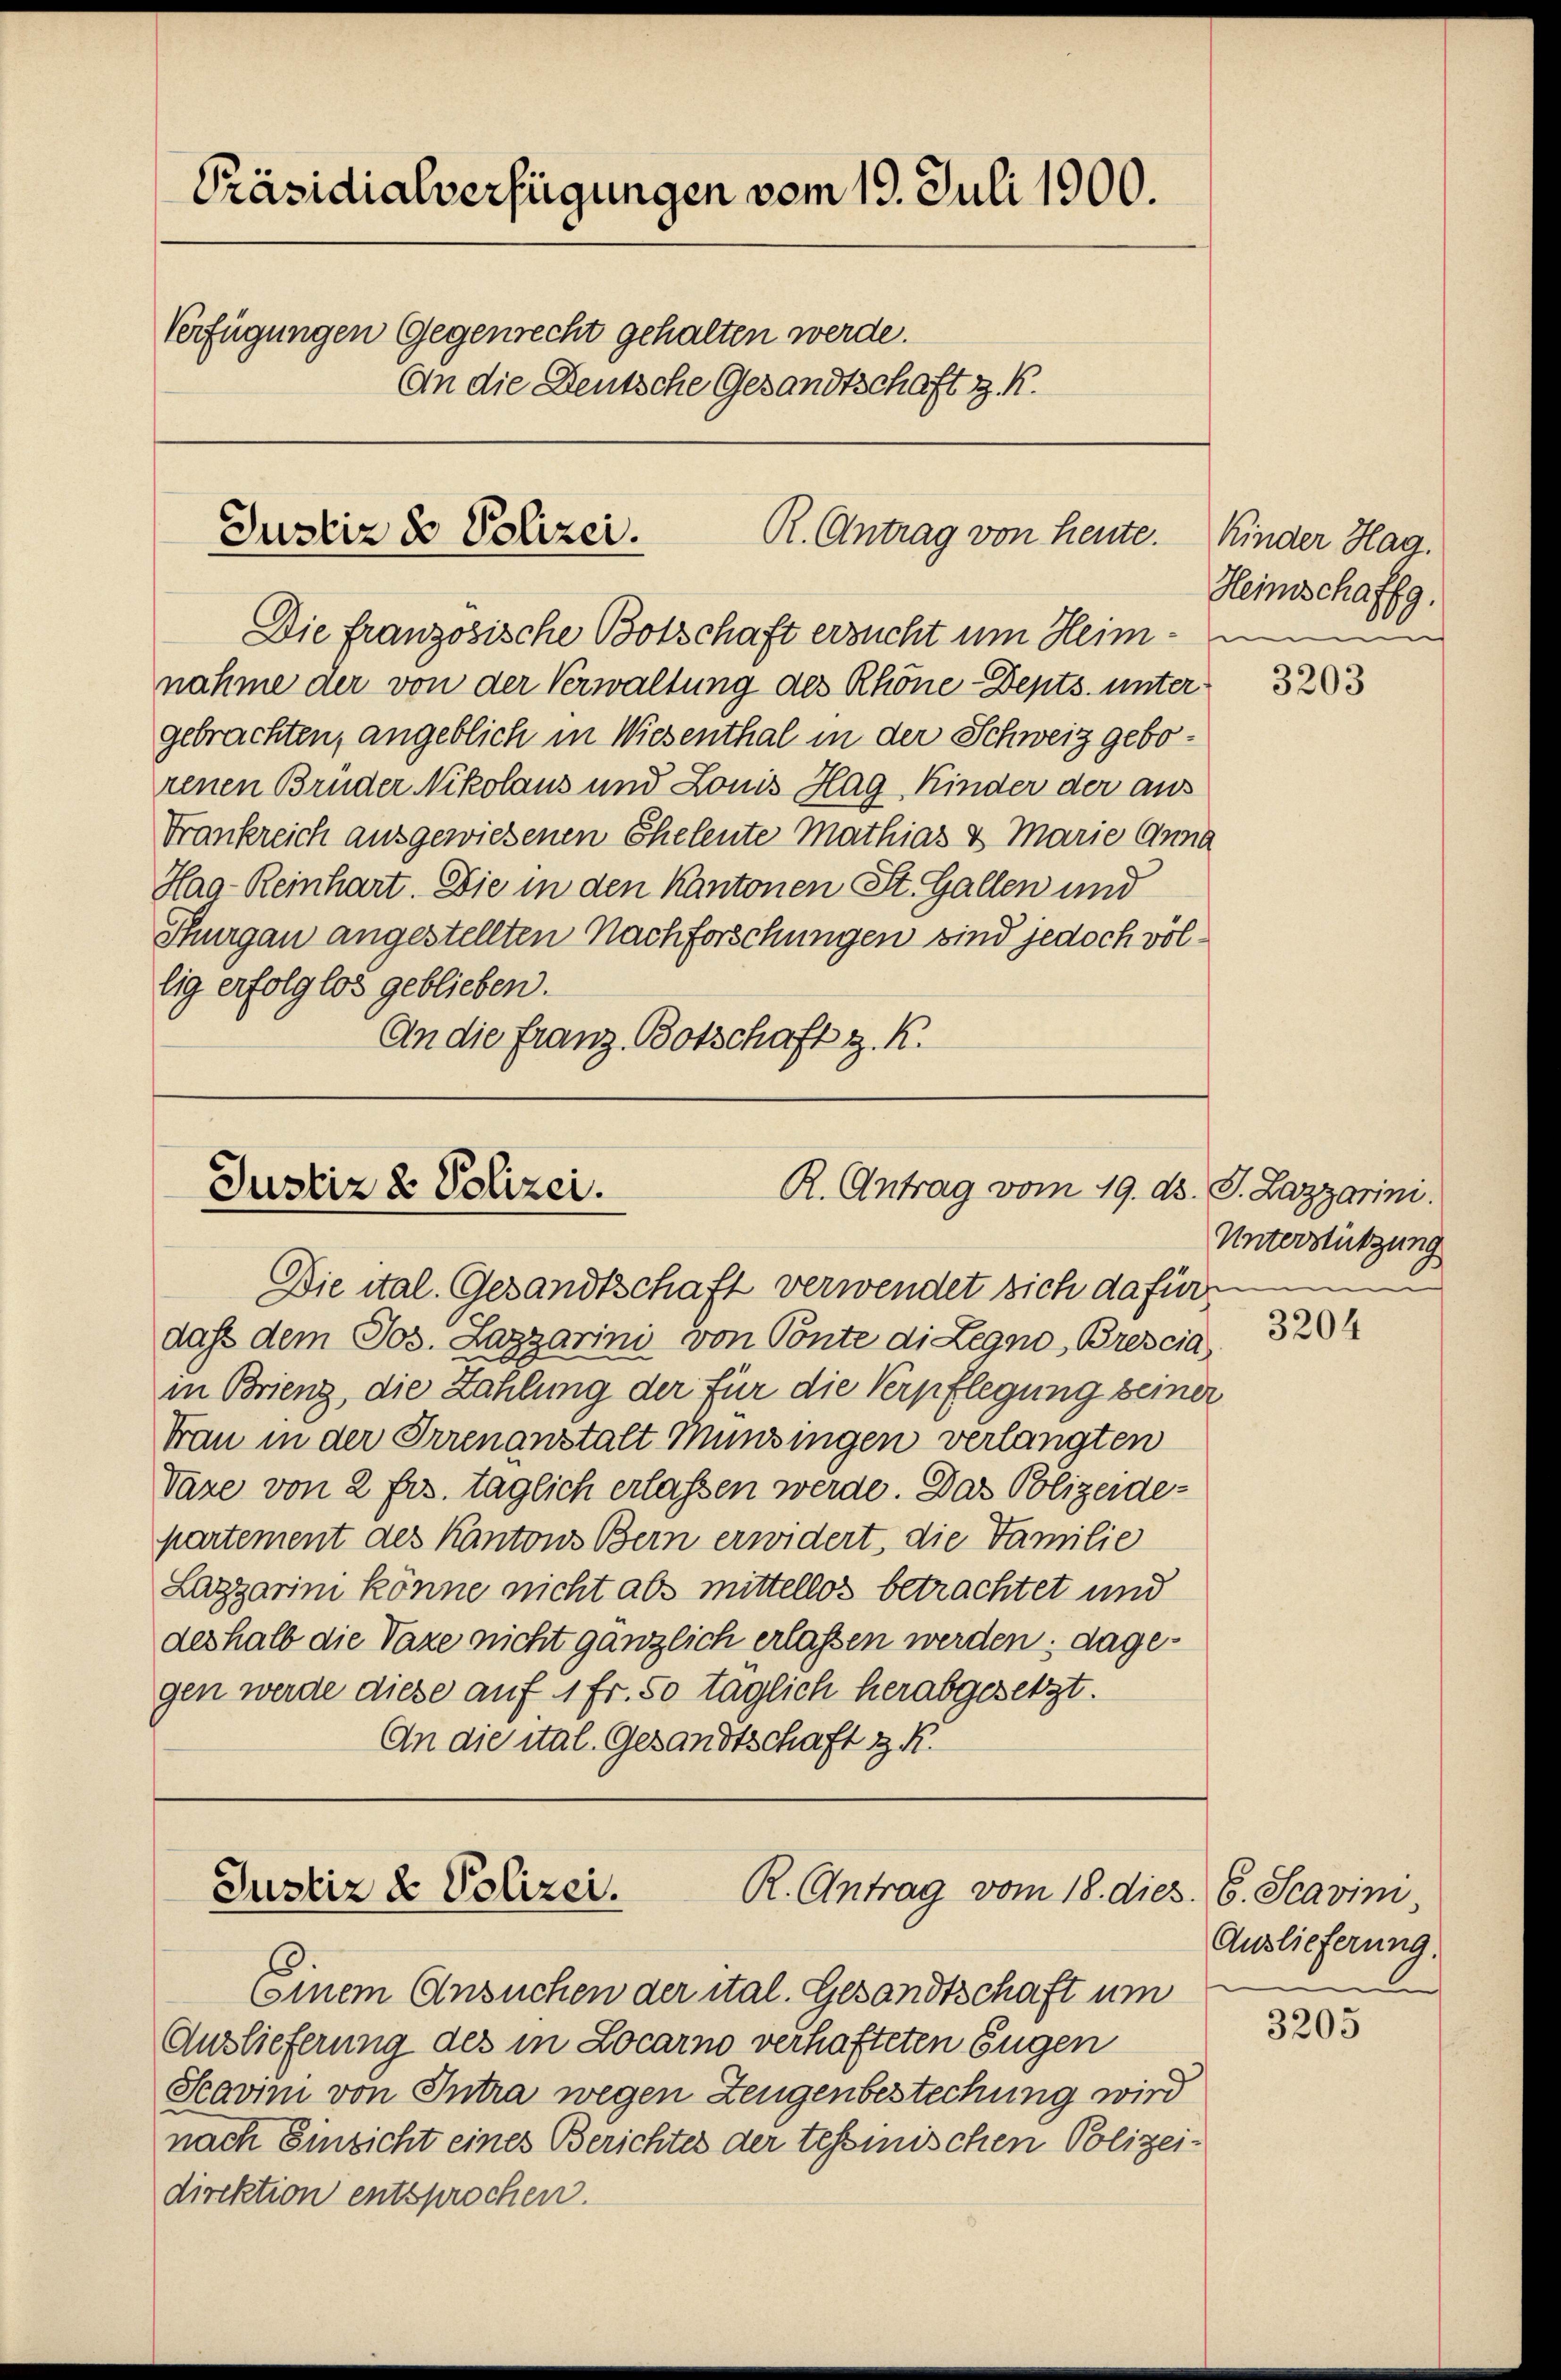
Präsidialverfügungen vom 19. Juli 1900.
Verfügungen Gegenrecht gehalten werde.
An die Deutsche Gesandtschaft z. R.

Die französische Botschaft ersucht um Heim – einen
nahme der von der Verwaltung des Rhöne-Depts. unter
gebrachten, angeblich in Wiesenthal in der Schweiz geborenen Brüder Nikolaus und Louis Hag Kinder der aus
Frankreich ausgewiesenen Eheleute Mathias & Marie Anna
Hag-Reinhart. Die in den Kantonen St. Gallen und
Thurgau angestellten Nachforschungen sind jedoch völlig erfolglos geblieben.
An die Franz Botschaft z. R.

R. Antrag von heute.
Justiz & Polizei.

R. Antrag vom 19. ds.
Justiz & Polizei.
Die ital. Gesandtschaft verwendet sich dafür

R. Antrag vom 18. dies
Justiz & Polizei.

daß dem Jos. Lazgarini von Ponte di Legno, Brescia
in Brienz, die Zahlung der für die Verpflegung seiner
Frau in der Irrenanstalt Münsingen verlangten
Vaze von 2 frs. täglich erlassen werde. Das Polizeidepartement des Kantons Bern erwidert, die Familie
Lazgarini könne nicht als mittellos betrachtet und
deshalb die Taxe nicht gänzlich erlassen werden; dagegen werde diese auf 1 Fr. 50 täglich herabgesetzt.
An die ital. Gesandtschaft z. B.

Einem Ansuchen der ital. Gesandtschaft um
Auslieferung des in Locarno verhafteten Eugen
Scavini von Intra wegen Zeugenbestechung wird
nach Einsicht eines Berichtes der tessinischen Polizei-
direktion entsprochen.

Kinder Hag.
Heimschaffg.

3203

J. Lazzarini.
Unterstützung

3204

3. 6. Scavini
Auslieferung.

3205